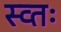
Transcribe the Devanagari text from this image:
स्व्तः